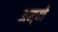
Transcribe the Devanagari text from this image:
अम्यो